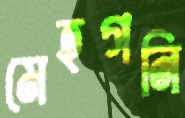
মেহগনি